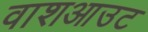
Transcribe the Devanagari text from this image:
वाशआउट